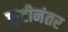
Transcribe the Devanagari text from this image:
फुटीनंतर